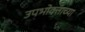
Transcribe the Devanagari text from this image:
उपभोक्ताच्या